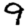
Digit: 9